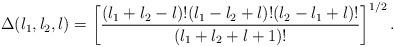
LaTeX: \begin{align*}\Delta(l_1,l_2,l) = \left[{(l_1+l_2-l)!(l_1-l_2+l)!(l_2-l_1+l)!\over(l_1+l_2+l+1)!}\right]^{1/2}.\end{align*}